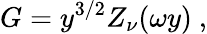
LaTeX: G=y^{3/2}Z_{\nu}(\omega y)\ ,